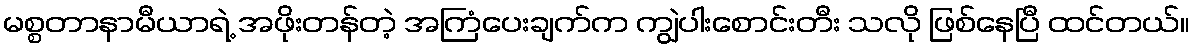
မစ္စတာနာမီယာရဲ့ အဖိုးတန်တဲ့ အကြံပေးချက်က ကျွဲပါးစောင်းတီး သလို ဖြစ်နေပြီ ထင်တယ်။